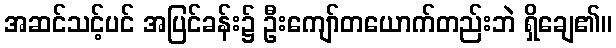
အဆင်သင့်ပင် အပြင်ခန်း၌ ဦးကျော်တယောက်တည်းဘဲ ရှိချေ၏။